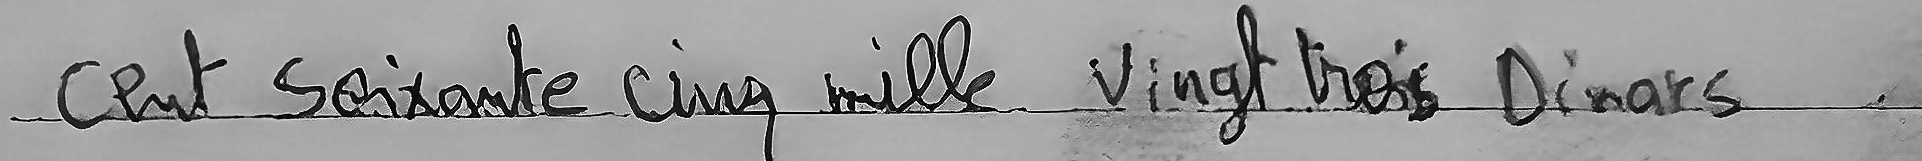
cent Soixante cinq mille Vingt trois Dinars